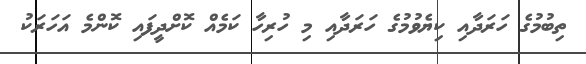
ތިބުމުގެ ހަރަދާއި ކިޔެވުމުގެ ހަރަދާއި މި ހުރިހާ ކަމެއް ކޮށްދީފައި ކޮންމެ އަހަރަކު